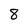
Character: 8